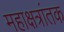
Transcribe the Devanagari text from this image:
महाक्षत्रांतक